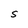
Character: S